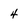
Character: 4